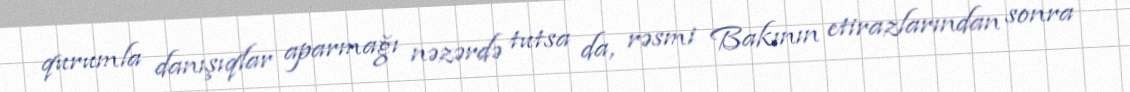
qurumla danışıqlar aparmağı nəzərdə tutsa da, rəsmi Bakının etirazlarından sonra